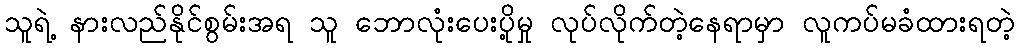
သူရဲ့ နားလည်နိုင်စွမ်းအရ သူ ဘောလုံးပေးပို့မှု လုပ်လိုက်တဲ့နေရာမှာ လူကပ်မခံထားရတဲ့